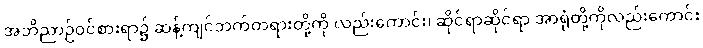
အဘိညာဉ်ဝင်စားရာ၌ ဆန့်ကျင်ဘက်တရားတို့ကို လည်းကောင်း၊ ဆိုင်ရာဆိုင်ရာ အာရုံတို့ကိုလည်းကောင်း